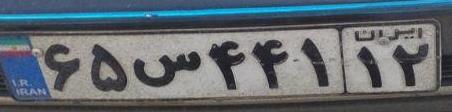
۶۵س۴۴۱۱۲